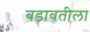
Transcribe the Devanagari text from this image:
बड़ावतीला